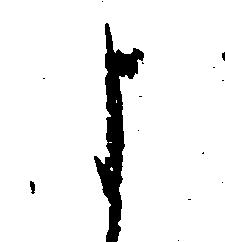
よ